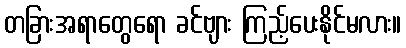
တခြားအရာတွေရော ခင်ဗျား ကြည့်ပေးနိုင်မလား။